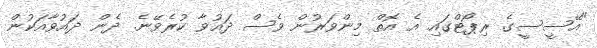
"އޭސީސީގެ ރިޕޯޓްގައި އެ އޮތް މިންވަރުން ވެސް ދައުވާ ކުރެވޭނެ. ދެން ދައުވާއަކުން